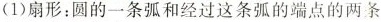
(1)扇形：圆的一条弧和经过这条弧的端点的两条